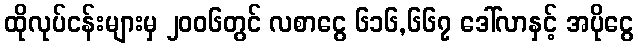
ထိုလုပ်ငန်းများမှ ၂၀၀၆တွင် လစာငွေ ၆၁၆,၆၆၇ ဒေါ်လာနှင့် အပိုငွေ